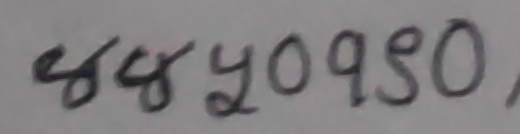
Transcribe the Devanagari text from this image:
५४५०१५०,